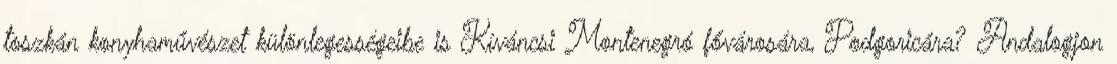
toszkán konyhaművészet különlegességeibe is Kíváncsi Montenegró fővárosára, Podgoricára? Andalogjon